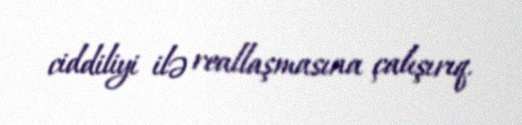
ciddiliyi ilə reallaşmasına çalışırıq.